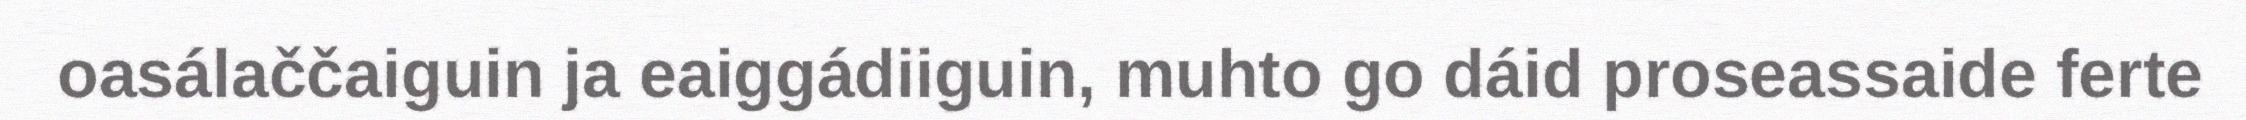
oasálaččaiguin ja eaiggádiiguin, muhto go dáid proseassaide ferte